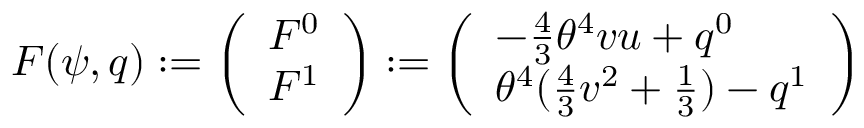
\begin{array} { r } { F ( \psi , q ) : = \left( \begin{array} { l } { F ^ { 0 } } \\ { F ^ { 1 } } \end{array} \right) : = \left( \begin{array} { l } { - \frac { 4 } { 3 } \theta ^ { 4 } v u + q ^ { 0 } } \\ { \theta ^ { 4 } ( \frac { 4 } { 3 } v ^ { 2 } + \frac { 1 } { 3 } ) - q ^ { 1 } } \end{array} \right) } \end{array}